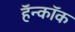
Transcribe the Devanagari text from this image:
हॅन्कॉक